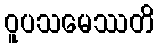
ဝူပသမေဿတိ